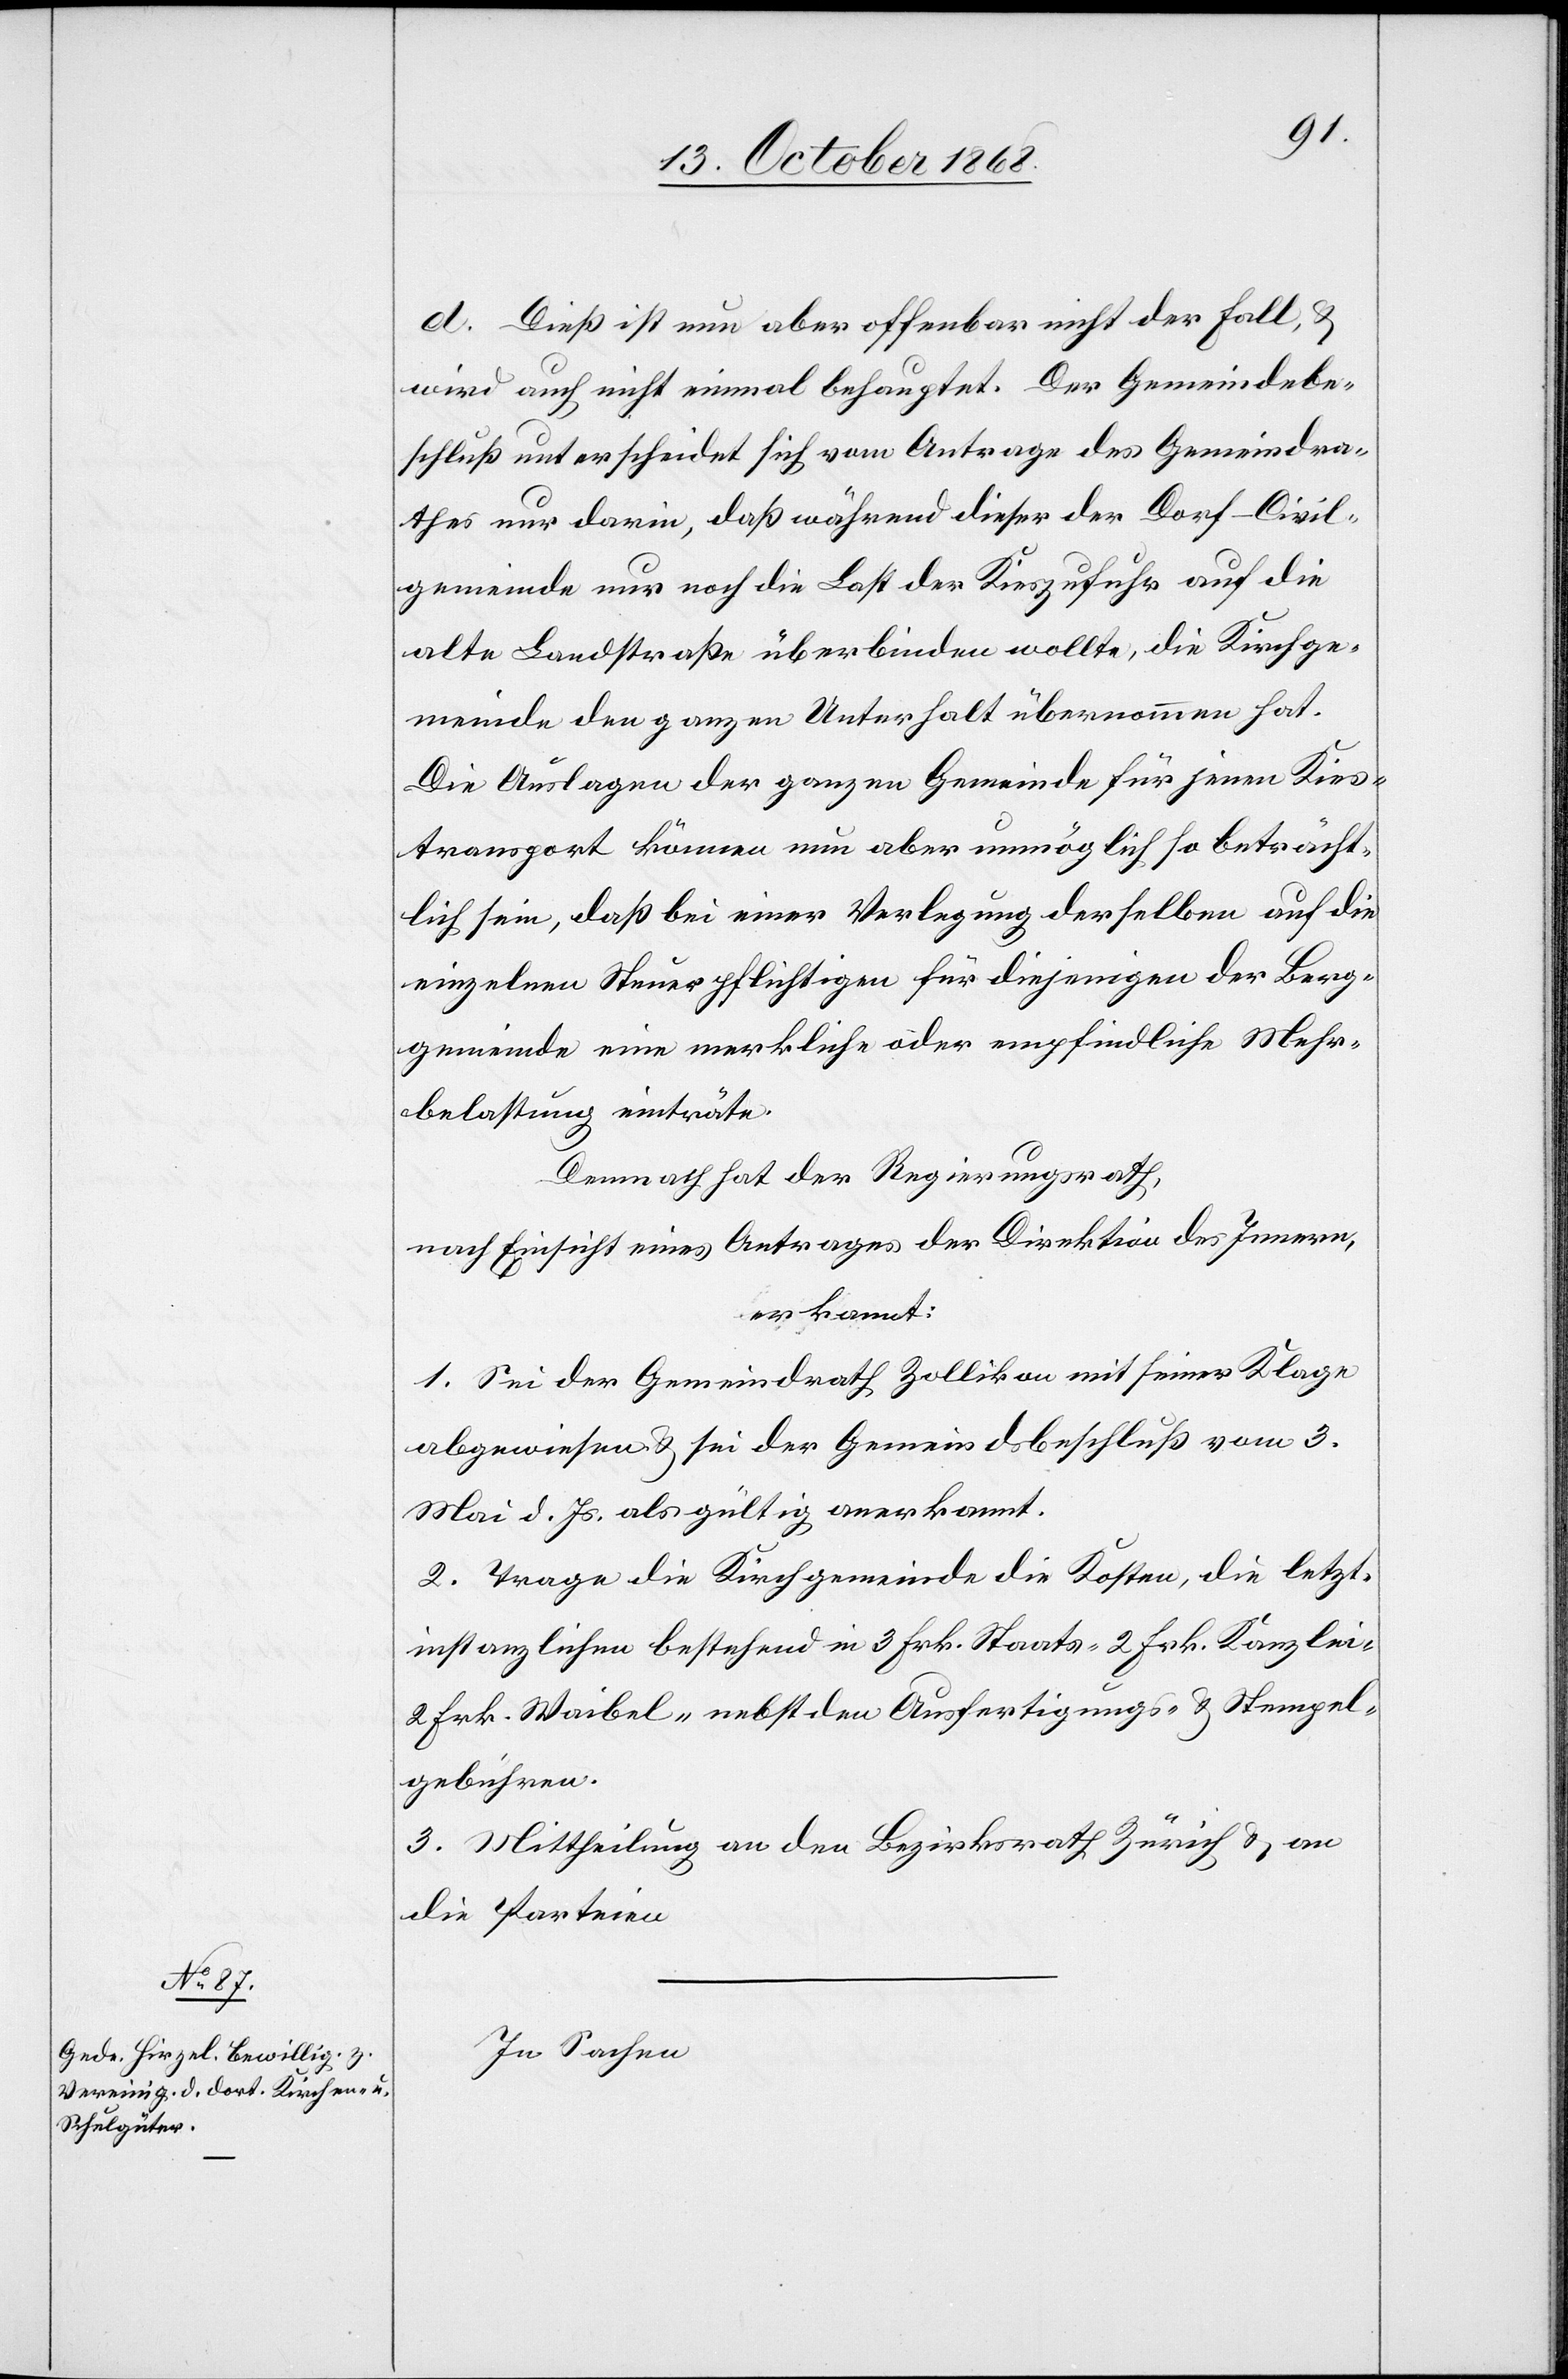
d. Dieß ist nun aber offenbar nicht der Fall, &
wird auch nicht einmal behauptet. Der Gemeindebe¬
schluß unterscheidet sich vom Antrage des Gemeindra¬
thes nur darin, daß während dieser der Dorf-Civil¬
gemeinde nur noch die Last der Kieszufuhr auf die
alte Landstraße überbinden wollte, die Kirchge¬
meinde den ganzen Unterhalt übernommen hat.
Die Auslagen der ganzen Gemeinde für jenen Kies¬
transport können nun aber unmöglich so beträcht¬
lich sein, daß bei einer Verlegung derselben auf die
einzelnen Steuerpflichtigen für diejenigen der Berg¬
gemeinde eine merkliche oder empfindliche Mehr¬
belastung einträte.
Demnach hat der Regierungsrath,
nach Einsicht eines Antrages der Direktion des Innern,
erkannt:
1. Sei der Gemeindrath Zollikon mit seiner Klage
abgewiesen & sei der Gemeindsbeschluß vom 3.
Mai d. Js. als gültig anerkannt.
2. Trage die Kirchgemeinde die Kosten, die letzt¬
instanzlichen bestehend in 3 Frk. Staats-[,] 2 Frk. Kanzlei-[,]
2 Frk. Waibel-[,] nebst den Ausfertigungs- & Stempel¬
gebühren.
3. Mittheilung an den Bezirksrath Zürich & an
die Parteien[.]
In Sachen